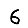
Digit: 6